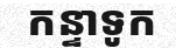
កន្ទាទូក